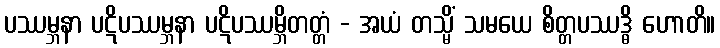
ပဿမ္ဘနာ ပဋိပဿမ္ဘနာ ပဋိပဿမ္ဘိတတ္တံ - အယံ တသ္မိံ သမယေ စိတ္တပဿဒ္ဓိ ဟောတိ။